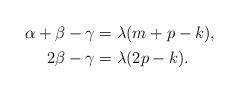
LaTeX: \begin{align*} \begin{aligned} \alpha + \beta - \gamma & = \lambda( m+ p - k), \\ 2 \beta - \gamma & = \lambda ( 2p - k). \end{aligned} \end{align*}